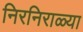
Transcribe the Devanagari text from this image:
निरनिराळ्या